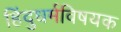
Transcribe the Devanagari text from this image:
हिंदुधर्मविषयक